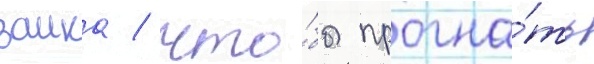
замка / что́бы прогна́ть